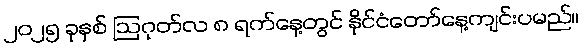
၂၀၂၅ ခုနှစ် ဩဂုတ်လ ၈ ရက်နေ့တွင် နိုင်ငံတော်နေ့ကျင်းပမည်။